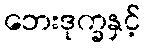
ဘေးဒုက္ခနှင့်